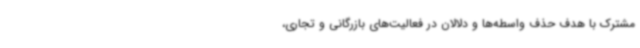
مشترک با هدف حذف واسطه‌ها و دلالان در فعالیت‌های بازرگانی و تجاری،